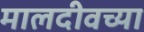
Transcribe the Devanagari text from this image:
मालदीवच्या